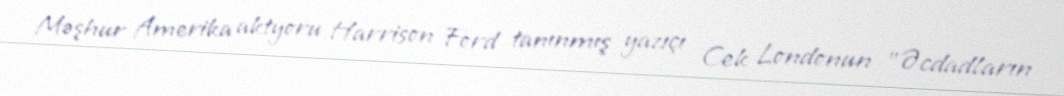
Məşhur Amerika aktyoru Harrison Ford tanınmış yazıçı Cek Londonun "Əcdadların